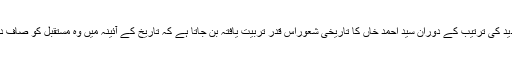
جام اور آثار الصنادید کی ترتیب کے دوران سید احمد خاں کا تاریخی شعوراس قدر تربیت یافتہ بن جاتا ہے کہ تاریخ کے آئینہ میں وہ مستقبل کو صاف دیکھنے لگتے ہیں ۔